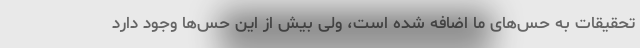
تحقیقات به حس‌های ما اضافه شده است، ولی بیش از این حس‌ها وجود دارد